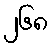
၂၆၈